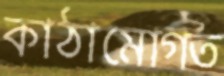
কাঠামোগত